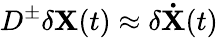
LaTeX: D^{\pm}\delta\mathbf{X}(t)\approx\delta\mathbf{\dot{X}}(t)